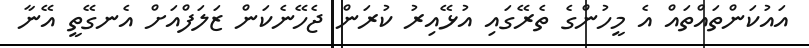
އައުކަންތައްތައް އެ މީހުންގެ ތެރޭގައި އުޅޭއިރު ކުރަން ޖެހޭނެކަން ޒަލަފްއަށް އެނގޭތީ އޭނާ